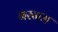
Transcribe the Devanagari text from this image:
बरनम